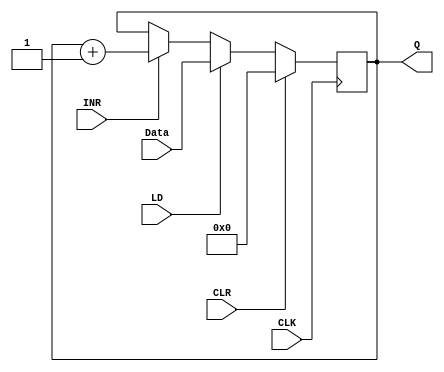
module REG_16(Q, INR, Data, LD, CLK, CLR);

    initial Q = 0;
 
	output reg [15:0] Q;
	input [15:0] Data;
	input INR, LD, CLK, CLR;
	
	always @(posedge CLK)
	begin
		if(CLR)
			Q <= 16'b0;
		else if(LD)
			Q <= Data;
		else if(INR)
			Q <= Q + 1;
	end	
endmodule